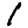
Digit: 1